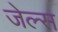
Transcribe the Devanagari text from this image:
जेल्स